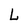
Character: L